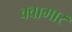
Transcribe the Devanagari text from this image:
क्वामार